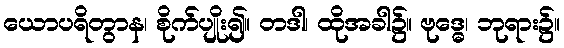
ယောပရိတွာန၊ စိုက်ပျိုး၍။ တဒါ၊ ထိုအခါ၌။ ဗုဒ္ဓေ၊ ဘုရား၌။